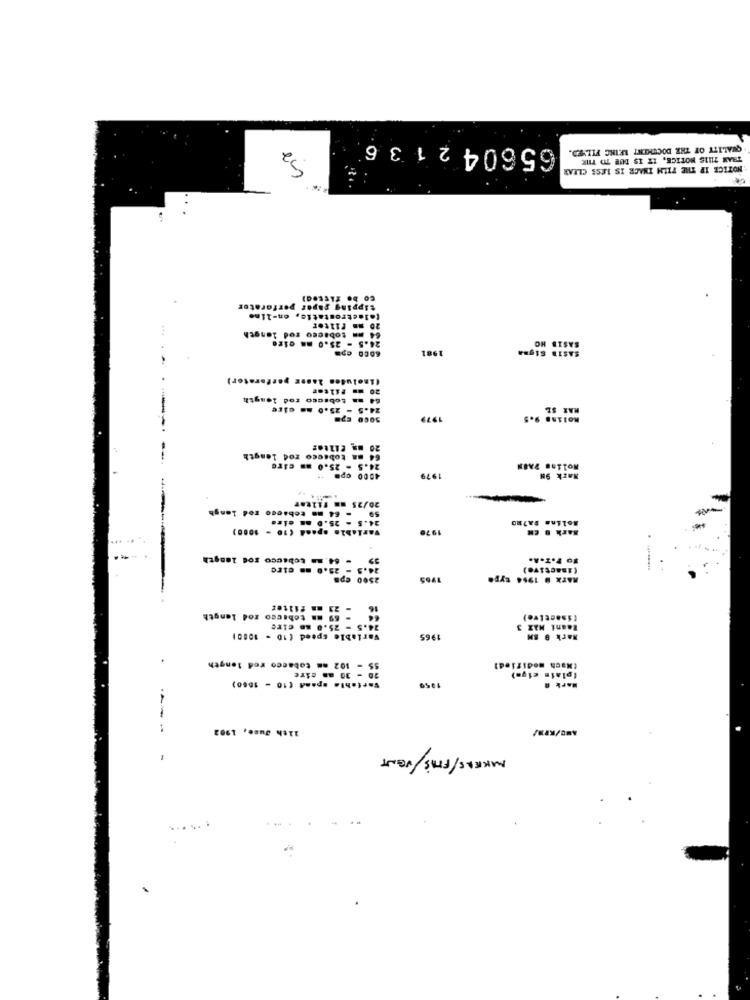
65604 21 3 6
QUALITY OF THE DOCUMENT LEIKC FILED.
THAN THIS NOTICE, IT IS DUE TO THR
NOTICE IF THE FILM INAGE IS LESS CLEAR
tipping paper perforator
(almetrostatic, on-line
20 mm filter
64 mm tobacco rod length
SASIB HO
1981
SASTE Signa
or)
(Isolutos )
64 ma tobacco rod length
24.5 - 25.0 mm cice
HAR SE
5000 EPm
1979
Molins 9.5
64 ma tobacco rod length
24.5 - 25.0 mm circ
Molins PAON
4800 Cpm 1
1979
Mark 98
59 - 64 mm tobacco rod langh
20/25 mm f11tar
24.5 - 25.0 an eine
Fariabin spaak (10 - 1000)
Mark & EN
molina FA720
1976
- 64.18 tobacco rod length
#0 F.I.A.
(inactive)
2500 Cp8
1965
MATX . 1964 type
- 23 mm fuitet
24.5 - 25.0 so cire
44" - 69 a tobacco zod length
Raani MAX 3
Variable speed (10 - 1000)
1965
Mark & EN
55 - 102 am tobacco red length
20 - 30 am cire
plain cigm)
(Nach modified)
Fortabla spand (10 - 1860)
1956
Mark A
----
11th June, 1902
MAKEAS/FRAS/ VENT
-